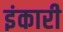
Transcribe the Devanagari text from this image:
इंकारी